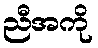
ညီအကို